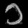
Digit: ၁